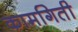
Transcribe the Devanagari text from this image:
कामगिती